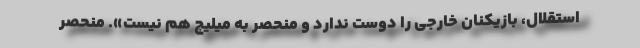
استقلال، بازیکنان خارجی را دوست ندارد و منحصر به میلیچ هم نیست». منحصر